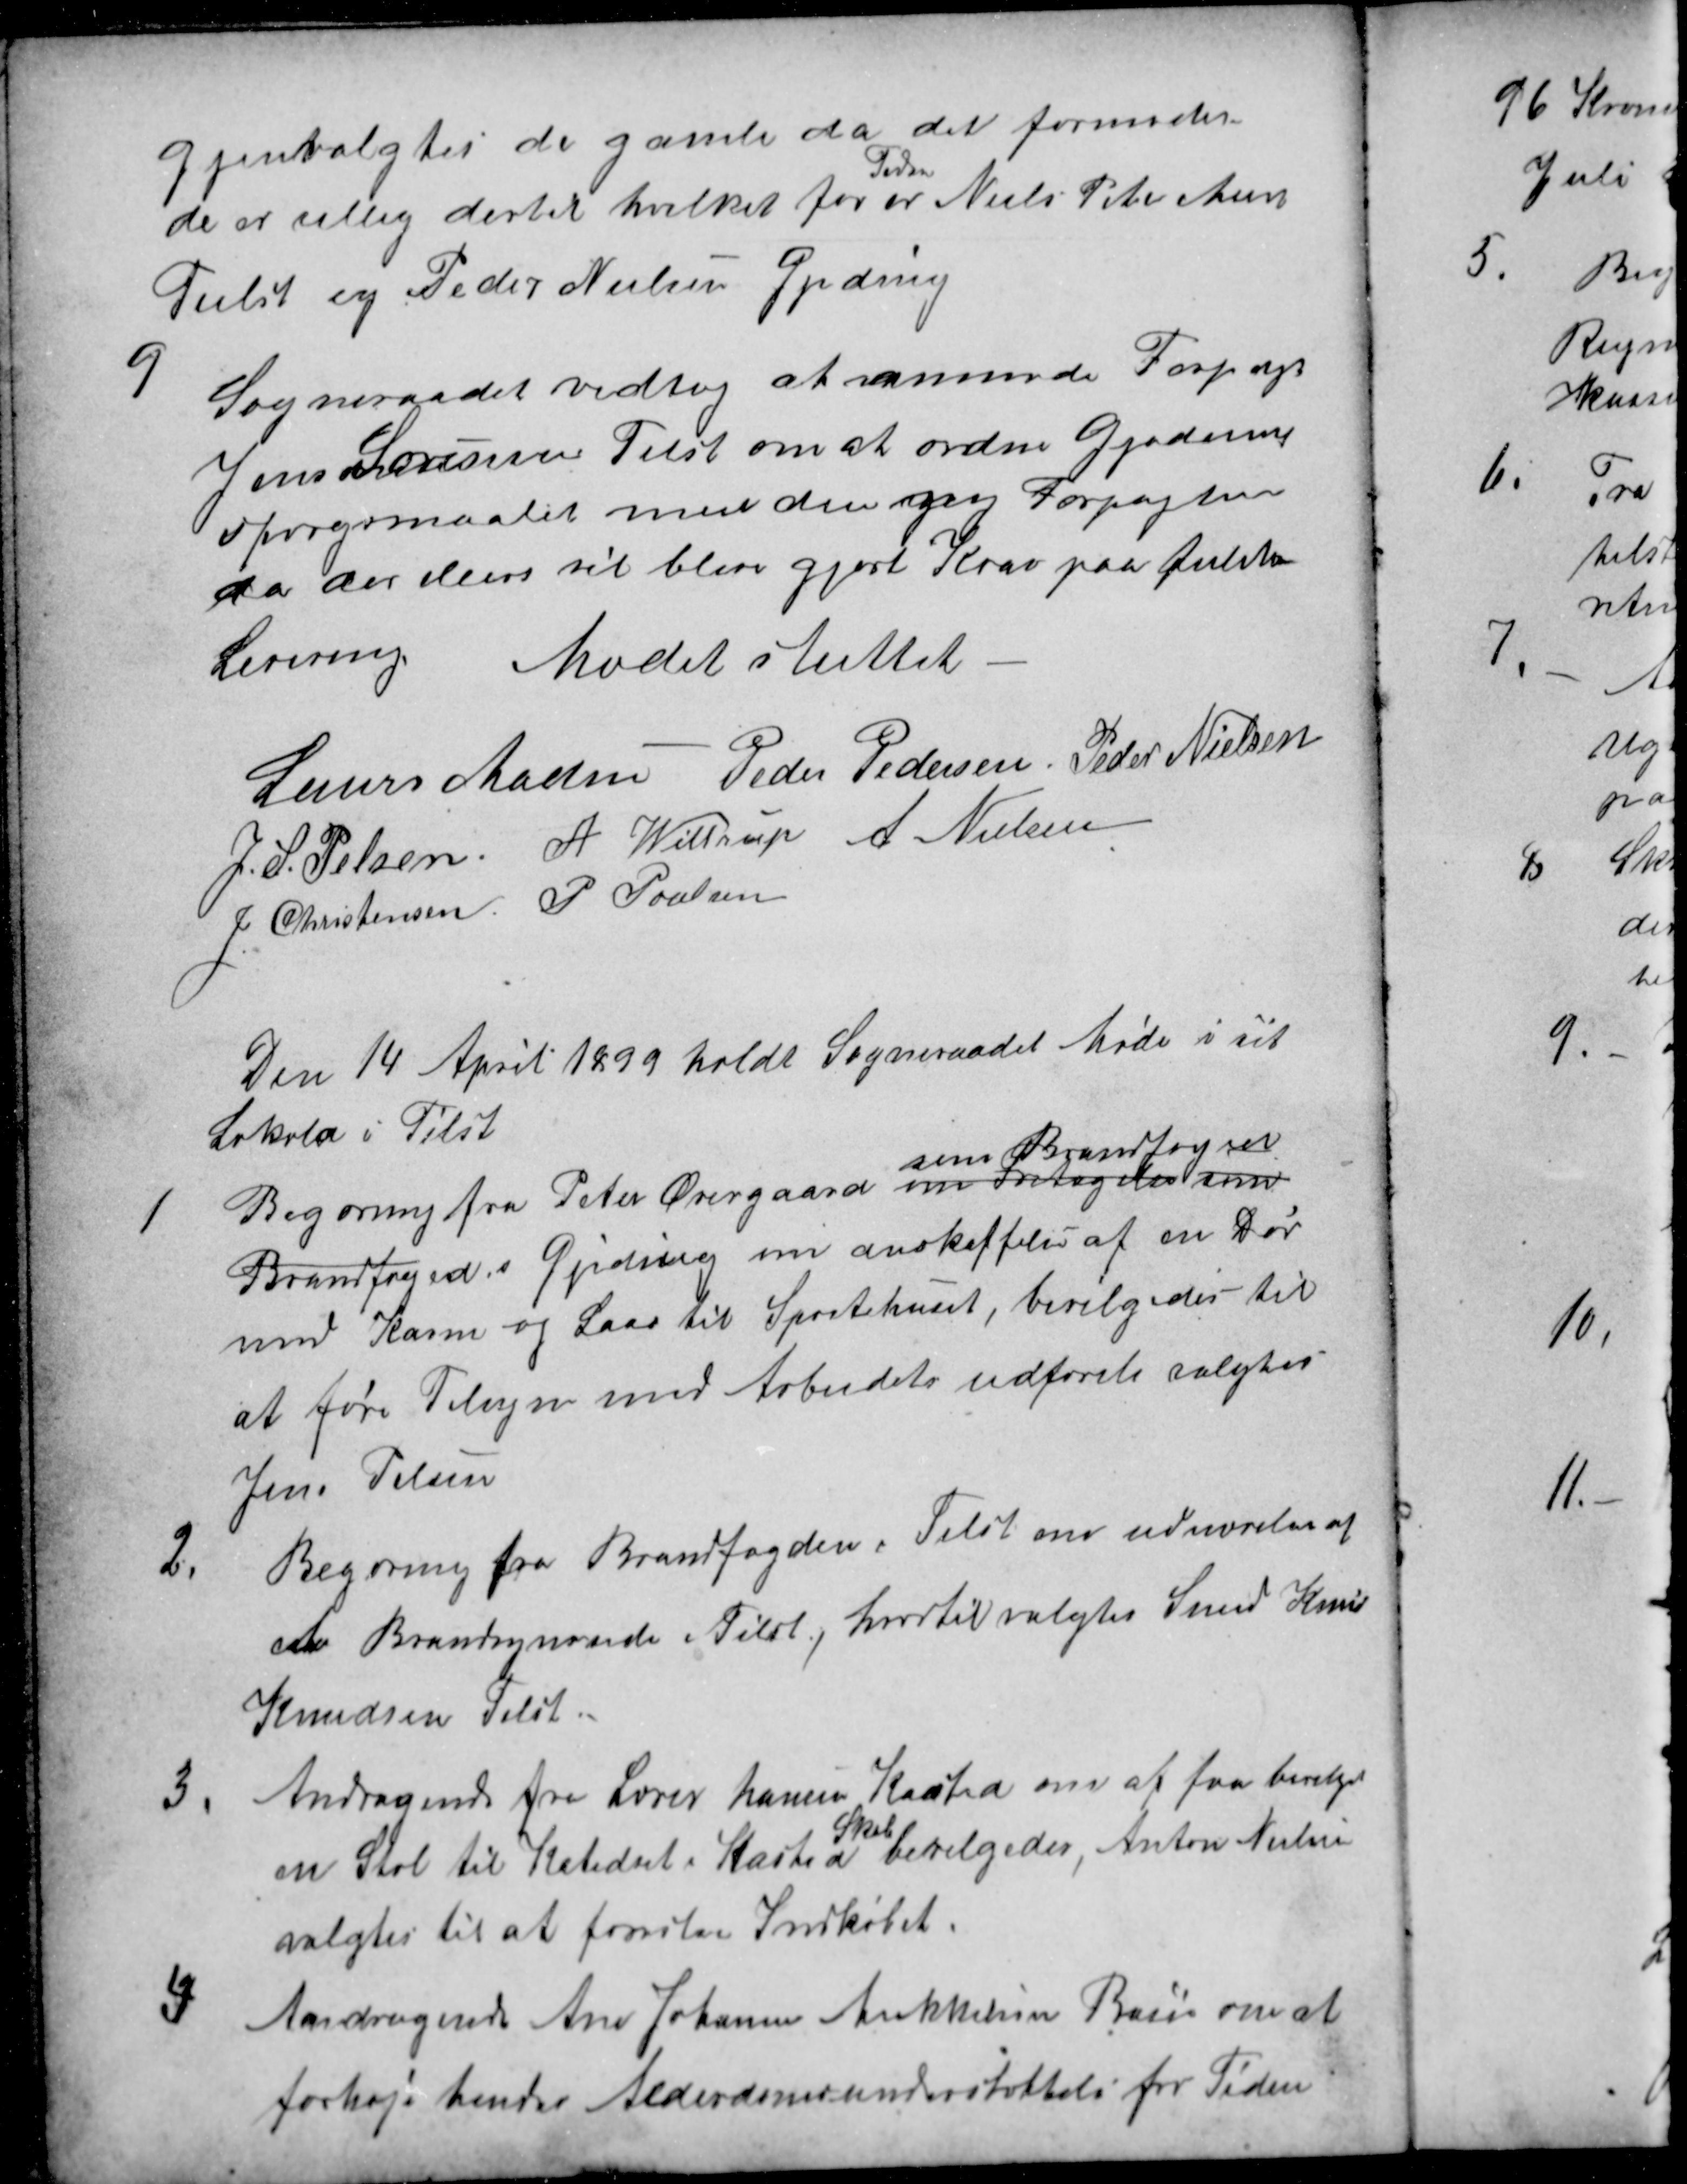
Transskription:
Gjenvalgtes de gamle da det formodes
de er villig dertil hvilket for
Tiden
er Niels Peter Madsen
Tiilst og Peder Nielsen Gjeding
9
Sogneraadet vedtog at anmode Forpagt
Jens Sørensen Tilst om at ordne Gjeding
Spørgsmaalet med den ny Forpagter
da der ellers til blive gjort Krav paa fulstæ
Levering
Mødet sluttet
Laurs Madsen
Peder Pedersen
Peder Nielsen
J. S. Pelsen
A. Wittrup
A. Nielsen
J. Christensen
P Poulsen
Den 14 April 1899 holdt Sogneraadet Møde i sit
Lokale i Tilst
1
Begæring fra Peter Overgaard om Fritagelse som
som Brandfoged
Brandfoged i Gjeding om anskaffelse af en Dør
med Karm og Laas til Sprøtehuset, bevilgedes - til
at føre Tilsyn med Arbeidets udførelse valgtes
Jens Pelsen
2.
Begæring fra Brandfogden i Tilst om udnævelse af
et Brandsynsvidne i Tilst, hvortil valgtes Smed Knud
Knudsen Tilst
3.
Andragende fra Lærer Hansen Kasted om at faa bevilget
en Stol til Katedret i Kasted 
Skole
bevilgedes, Anton Nielsen
valgtes til at forestaa Indkøbet.
4
Andragende Ane Johanne Mikkelsen Basse om at
forhøje hendes Alderdomsunderstøttelse for Tiden